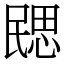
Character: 㥸